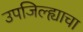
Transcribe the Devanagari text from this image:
उपजिल्ह्याचा